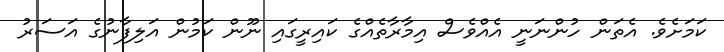
ކަމަށެވެ. އެތަން ހުންނަނީ އެއްވެސް އިމާރާތެއްގެ ކައިރީގައި ނޫން ކަމުން އަލިފާނުގެ އަސަރު